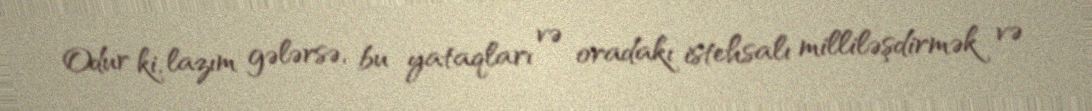
Odur ki, lazım gələrsə, bu yataqları və oradakı istehsalı milliləşdirmək və